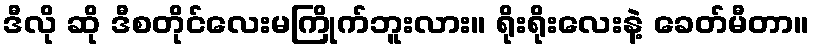
ဒီလို ဆို ဒီစတိုင်လေးမကြိုက်ဘူးလား။ ရိုးရိုးလေးနဲ့ ခေတ်မီတာ။